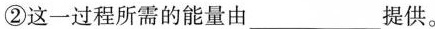
②这一过程所需的能量由___提供。